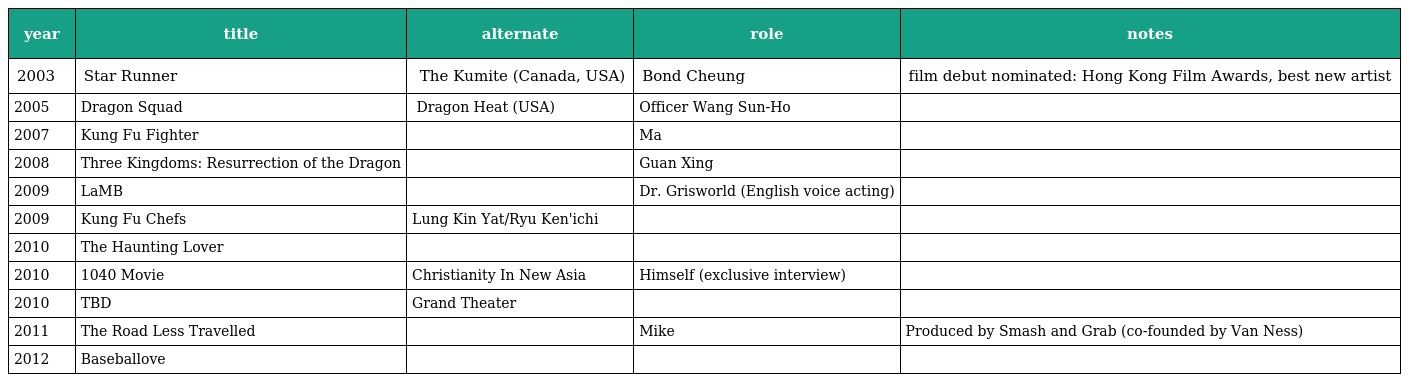
| year | title | alternate | role | notes |
 | --- | --- | --- | --- | --- |
 | 2003 | Star Runner | 少年阿虎 The Kumite (Canada, USA) | Bond Cheung | film debut nominated: Hong Kong Film Awards, best new artist |
 | 2005 | Dragon Squad | 猛龍 Dragon Heat (USA) | Officer Wang Sun-Ho |  |
 | 2007 | Kung Fu Fighter | 功夫無敵 | Ma |  |
 | 2008 | Three Kingdoms: Resurrection of the Dragon | 三國之見龍卸甲 | Guan Xing |  |
 | 2009 | LaMB |  | Dr. Grisworld (English voice acting) |  |
 | 2009 | Kung Fu Chefs | Lung Kin Yat/Ryu Ken'ichi |  |  |
 | 2010 | The Haunting Lover |  |  |  |
 | 2010 | 1040 Movie | Christianity In New Asia | Himself (exclusive interview) |  |
 | 2010 | TBD | Grand Theater |  |  |
 | 2011 | The Road Less Travelled | 樂之路 | Mike | Produced by Smash and Grab (co-founded by Van Ness) |
 | 2012 | Baseballove | 球愛天空 | 林承輝 |  |